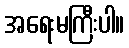
အရေးမကြီးပါ။